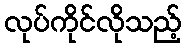
လုပ်ကိုင်လိုသည့်